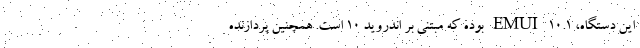
این دستگاه، EMUI 10.1 بوده که مبتنی بر اندروید 10 است. همچنین پردازنده